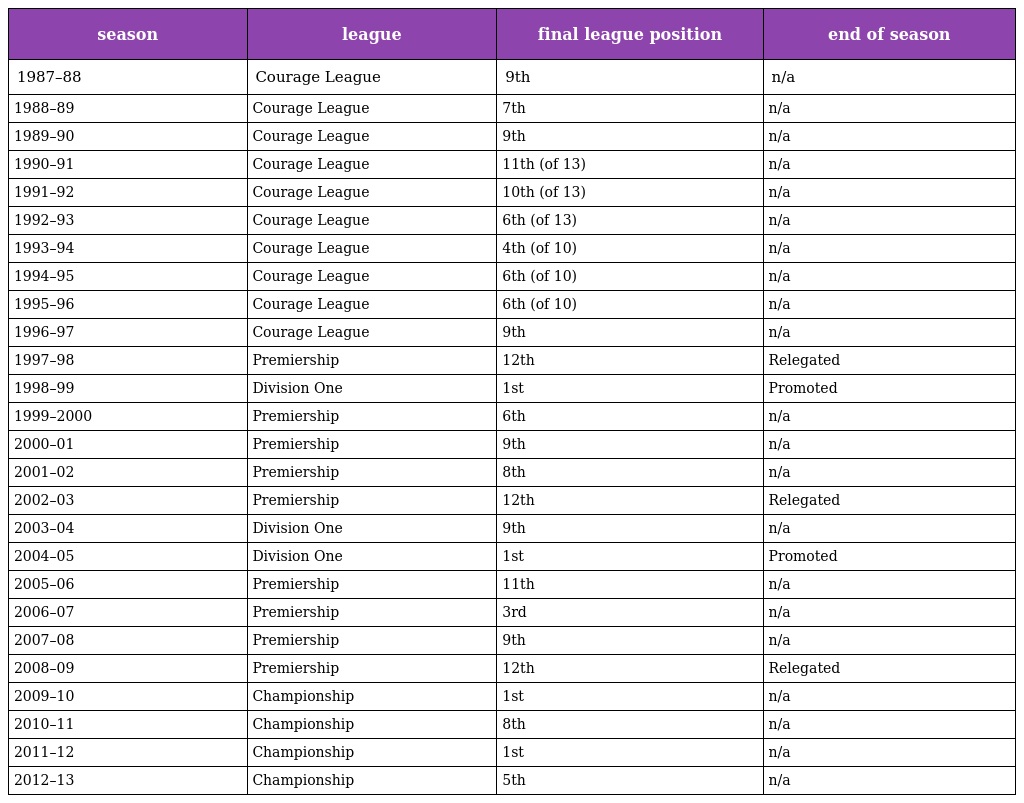
| season | league | final league position | end of season |
 | --- | --- | --- | --- |
 | 1987–88 | Courage League | 9th | n/a |
 | 1988–89 | Courage League | 7th | n/a |
 | 1989–90 | Courage League | 9th | n/a |
 | 1990–91 | Courage League | 11th (of 13) | n/a |
 | 1991–92 | Courage League | 10th (of 13) | n/a |
 | 1992–93 | Courage League | 6th (of 13) | n/a |
 | 1993–94 | Courage League | 4th (of 10) | n/a |
 | 1994–95 | Courage League | 6th (of 10) | n/a |
 | 1995–96 | Courage League | 6th (of 10) | n/a |
 | 1996–97 | Courage League | 9th | n/a |
 | 1997–98 | Premiership | 12th | Relegated |
 | 1998–99 | Division One | 1st | Promoted |
 | 1999–2000 | Premiership | 6th | n/a |
 | 2000–01 | Premiership | 9th | n/a |
 | 2001–02 | Premiership | 8th | n/a |
 | 2002–03 | Premiership | 12th | Relegated |
 | 2003–04 | Division One | 9th | n/a |
 | 2004–05 | Division One | 1st | Promoted |
 | 2005–06 | Premiership | 11th | n/a |
 | 2006–07 | Premiership | 3rd | n/a |
 | 2007–08 | Premiership | 9th | n/a |
 | 2008–09 | Premiership | 12th | Relegated |
 | 2009–10 | Championship | 1st | n/a |
 | 2010–11 | Championship | 8th | n/a |
 | 2011–12 | Championship | 1st | n/a |
 | 2012–13 | Championship | 5th | n/a |